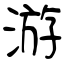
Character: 游